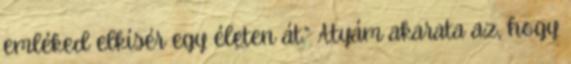
emléked elkísér egy életen át.” Atyám akarata az, hogy